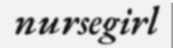
nursegirl